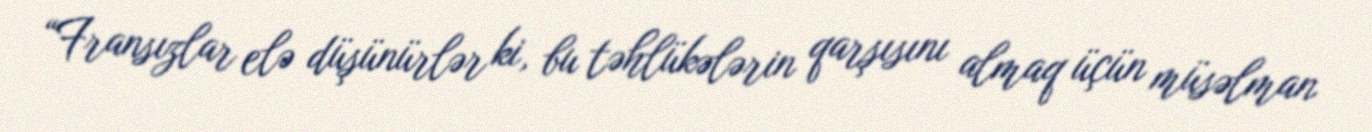
“Fransızlar elə düşünürlər ki, bu təhlükələrin qarşısını almaq üçün müsəlman